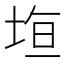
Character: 𭎤